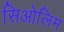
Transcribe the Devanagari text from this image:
सिओलिम